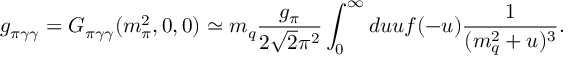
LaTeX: g _ { \pi \gamma \gamma } = G _ { \pi \gamma \gamma } ( m _ { \pi } ^ { 2 } , 0 , 0 ) \simeq m _ { q } { \frac { g _ { \pi } } { 2 \sqrt { 2 } \pi ^ { 2 } } } \int _ { 0 } ^ { \infty } d u u f ( - u ) { \frac { 1 } { ( m _ { q } ^ { 2 } + u ) ^ { 3 } } } .